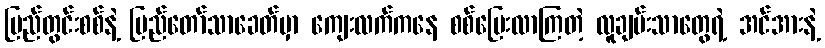
ပြည်တွင်းစစ်နဲ့ ပြည်တော်သာခေတ်မှာ ကျေးလက်ကနေ စစ်ပြေးလာကြတဲ့ လူချမ်းသာတွေရဲ့ အင်အားနဲ့